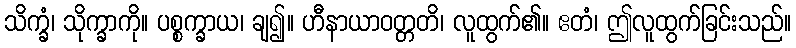
သိက္ခံ၊ သိုက္ခာကို။ ပစ္စက္ခာယ၊ ချ၍။ ဟီနာယာဝတ္တတိ၊ လူထွက်၏။ ဧတံ၊ ဤလူထွက်ခြင်းသည်။